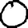
Digit: 0